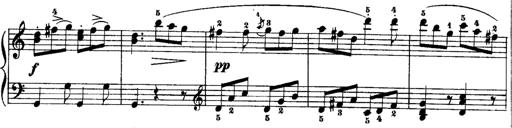
Title: Rondos and Sonatinas for Pianoforte
Composer: Daniel Steibelt